Report on the working of the Ranchi Indian Mental Hospital, Kanke, in Bihar and Orissa - 1930-1940
Year: 1930
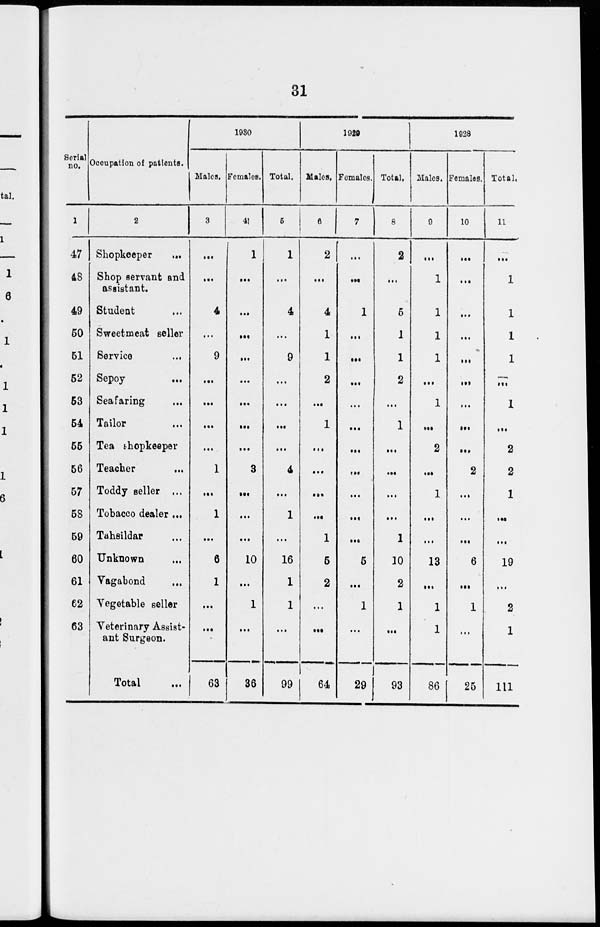
31
Serial
no.
1
47
48
49
50
51
52
53
54
55
56
57
58
59
60
61
62
63
Occupation of patients.
2
Shopkeeper
...
Shop servant and
assistant.
Student ...
Sweetmeat seller
Service ...
Sepoy
...
Seafaring ...
Tailor ...
Tea shopkeeper
Teacher ...
Toddy seller ...
Tobacco dealer ...
Tahsildar ...
Unknown ...
Vagabond ...
Vegetable seller ...
Veterinary Assist-
ant Surgeon.
Total ...
1930
Males.
3
...
...
4
...
9
...
...
...
...
1
...
1
...
6
1
...
...
63
Females.
4
1
...
...
...
...
...
...
...
...
3
...
...
...
10
...
1
...
36
Total.
5
1
...
4
...
9
...
...
...
...
4
...
1
...
16
1
1
...
99
1929
Males.
6
2
...
4
1
1
2
...
1
...
...
...
...
1
5
2
...
...
64
Females.
7
...
...
1
...
...
...
...
...
...
...
...
...
...
5
...
1
...
29
Total.
8
2
...
5
1
1
2
...
1
...
...
...
...
1
10
2
1
...
93
1928
Males.
9
...
1
1
1
1
...
1
...
2
...
1
...
...
13
...
1
1
86
Females.
10
...
...
...
...
...
...
...
...
...
2
...
...
...
6
...
1
...
25
Total.
11
...
1
1
1
1
...
1
...
2
2
1
...
...
19
...
2
1
111